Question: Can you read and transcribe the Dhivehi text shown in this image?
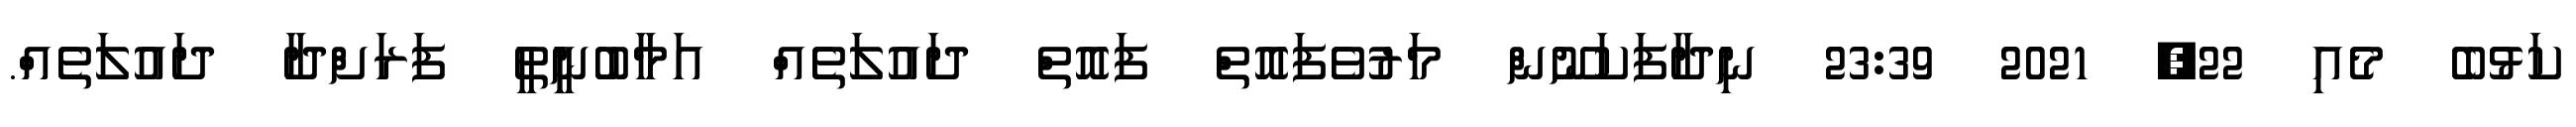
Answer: ކަޅުބެ މެއި 22, 2021 23:39 ނިދާފަކަނޫން މަރުވެފައޮތް ފައޮތް ދައުލަތެއް އަމާބުނީިތީ ފަރަށްދާ ދައުލަތެއް.